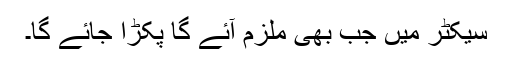
سیکٹر میں جب بھی ملزم آئے گا پکڑا جائے گا۔